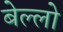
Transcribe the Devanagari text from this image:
बेल्लो